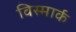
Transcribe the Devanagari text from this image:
विस्मार्क